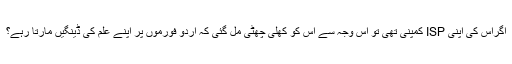
اگراس کی اپنی ISP کمپنی تھی تو اس وجہ سے اس کو کھلی چھٹی مل گئی کہ اردو فورموں پر اپنے علم کی ڈینگیں مارتا رہے؟